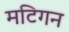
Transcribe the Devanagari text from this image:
मटिगन